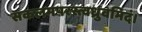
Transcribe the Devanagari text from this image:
सकलमपरस्त्वध्रुवमिदं।